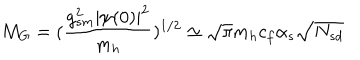
M _ { G } = ( \frac { g _ { s m } ^ { 2 } | \psi ( 0 ) | ^ { 2 } } { m _ { h } } ) ^ { 1 / 2 } \simeq \sqrt { \pi } m _ { h } c _ { f } \alpha _ { s } \sqrt { N _ { s d } }